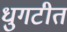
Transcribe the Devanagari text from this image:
धुगटीत